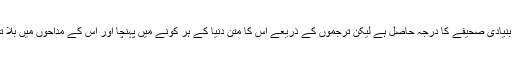
سنسکرت کی اس نظم کو ہندو دھرم میں ایک بنیادی صحیفے کا درجہ حاصل ہے لیکن ترجموں کے ذریعے اس کا متن دنیا کے ہر کونے میں پہنچا اور اس کے مداحوں میں بلا تفریقِ مذہب و ملت ہر قوم کے لوگ شامل ہیں۔